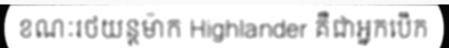
ខណៈរថយន្តម៉ាក Highlander គឺជាអ្នកបើក